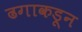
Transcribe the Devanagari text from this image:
ढगाकडून